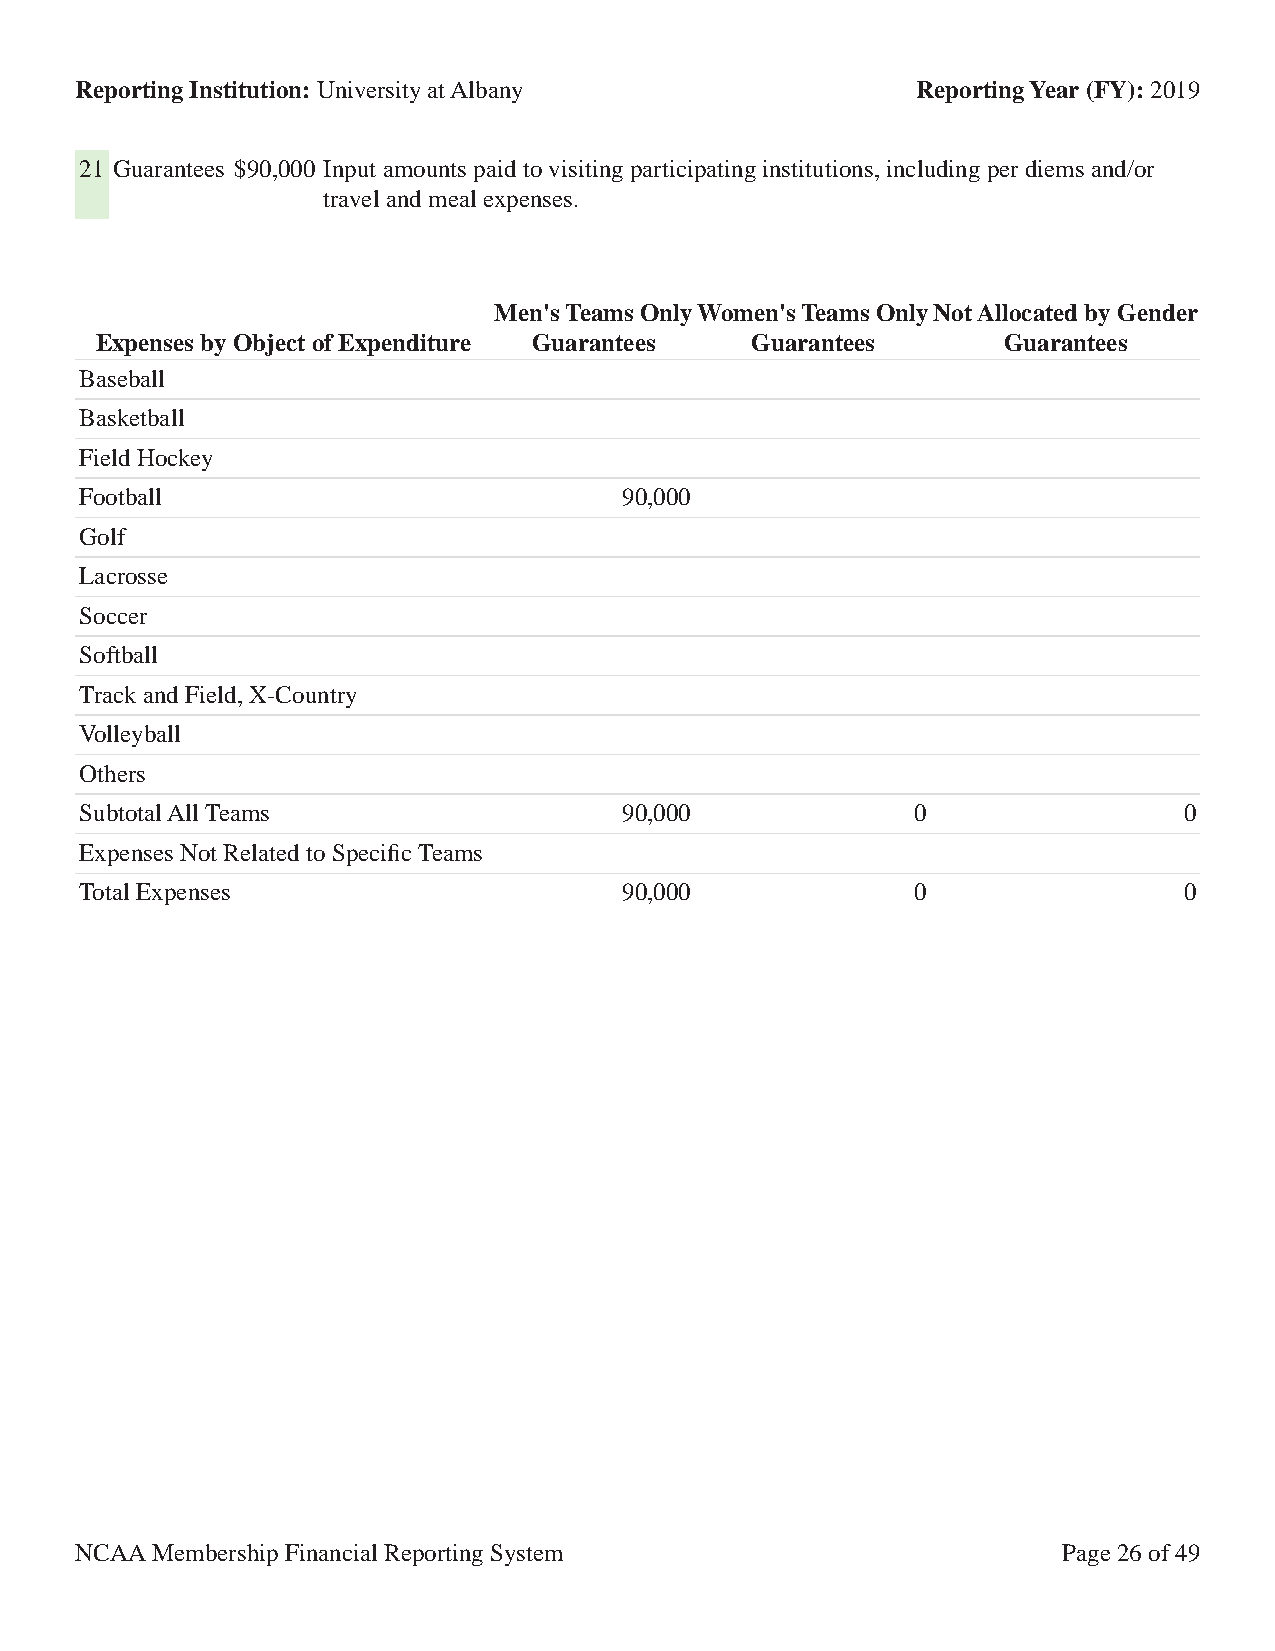
Reporting Institution: University at Albany             Reporting Year (FY): 2019
 21 Guarantees $90,000 Input amounts paid to visiting participating institutions, including per diems and/or
 travel and meal expenses.
 Men's Teams OnlyWomen's Teams OnlyNot Allocated by Gender
 Expenses by Object of Expenditure Guarantees Guarantees     Guarantees
 Baseball
 Basketball
 Field Hockey
 Football                            90,000
 Golf
 Lacrosse
 Soccer
 Softball
 Track and Field, X-Country
 Volleyball
 Others
 Subtotal All Teams                  90,000              0                0
 Expenses Not Related to Specific Teams
 Total Expenses                      90,000              0                0
 NCAA Membership Financial Reporting System                       Page 26 of 49